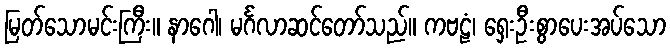
မြတ်သောမင်းကြီး။ နာဂေါ၊ မင်္ဂလာဆင်တော်သည်။ ကဗဠံ၊ ရှေးဦးစွာပေးအပ်သော